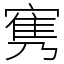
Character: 㝦